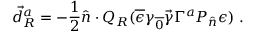
\vec { d } _ { R } ^ { a } = - { \frac { 1 } { 2 } } \hat { n } \cdot Q _ { R } ( \overline { { \epsilon } } \gamma _ { \overline { { { 0 } } } } \vec { \gamma } \Gamma ^ { a } P _ { \hat { n } } \epsilon ) \ .